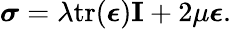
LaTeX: \boldsymbol{\sigma}=\lambda\mathrm{tr}(\boldsymbol{\epsilon})\mathbf{I}+2\mu\boldsymbol{\epsilon}.